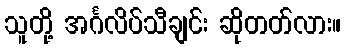
သူတို့ အင်္ဂလိပ်သီချင်း ဆိုတတ်လား။